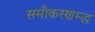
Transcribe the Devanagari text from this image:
समीकरणम्द्ध